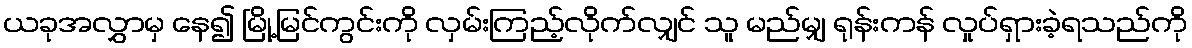
ယခုအလွှာမှ နေ၍ မြို့မြင်ကွင်းကို လှမ်းကြည့်လိုက်လျှင် သူ မည်မျှ ရုန်းကန် လှုပ်ရှားခဲ့ရသည်ကို